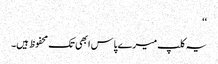
‘‘
یہ کلپ میرے پاس ابھی تک محفوظ ہیں۔